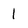
Character: l